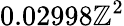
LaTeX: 0.02998\mathbb{Z}^{2}